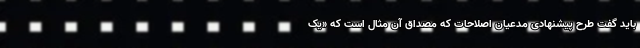
باید گفت طرح پیشنهادی مدعیان اصلاحات که مصداق آن مثال است که «یک